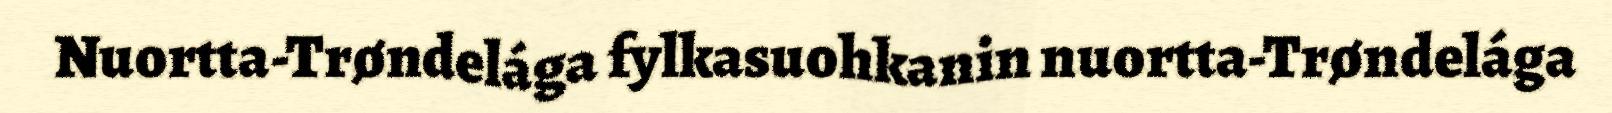
Nuortta-Trøndelága fylkasuohkanin nuortta-Trøndelága